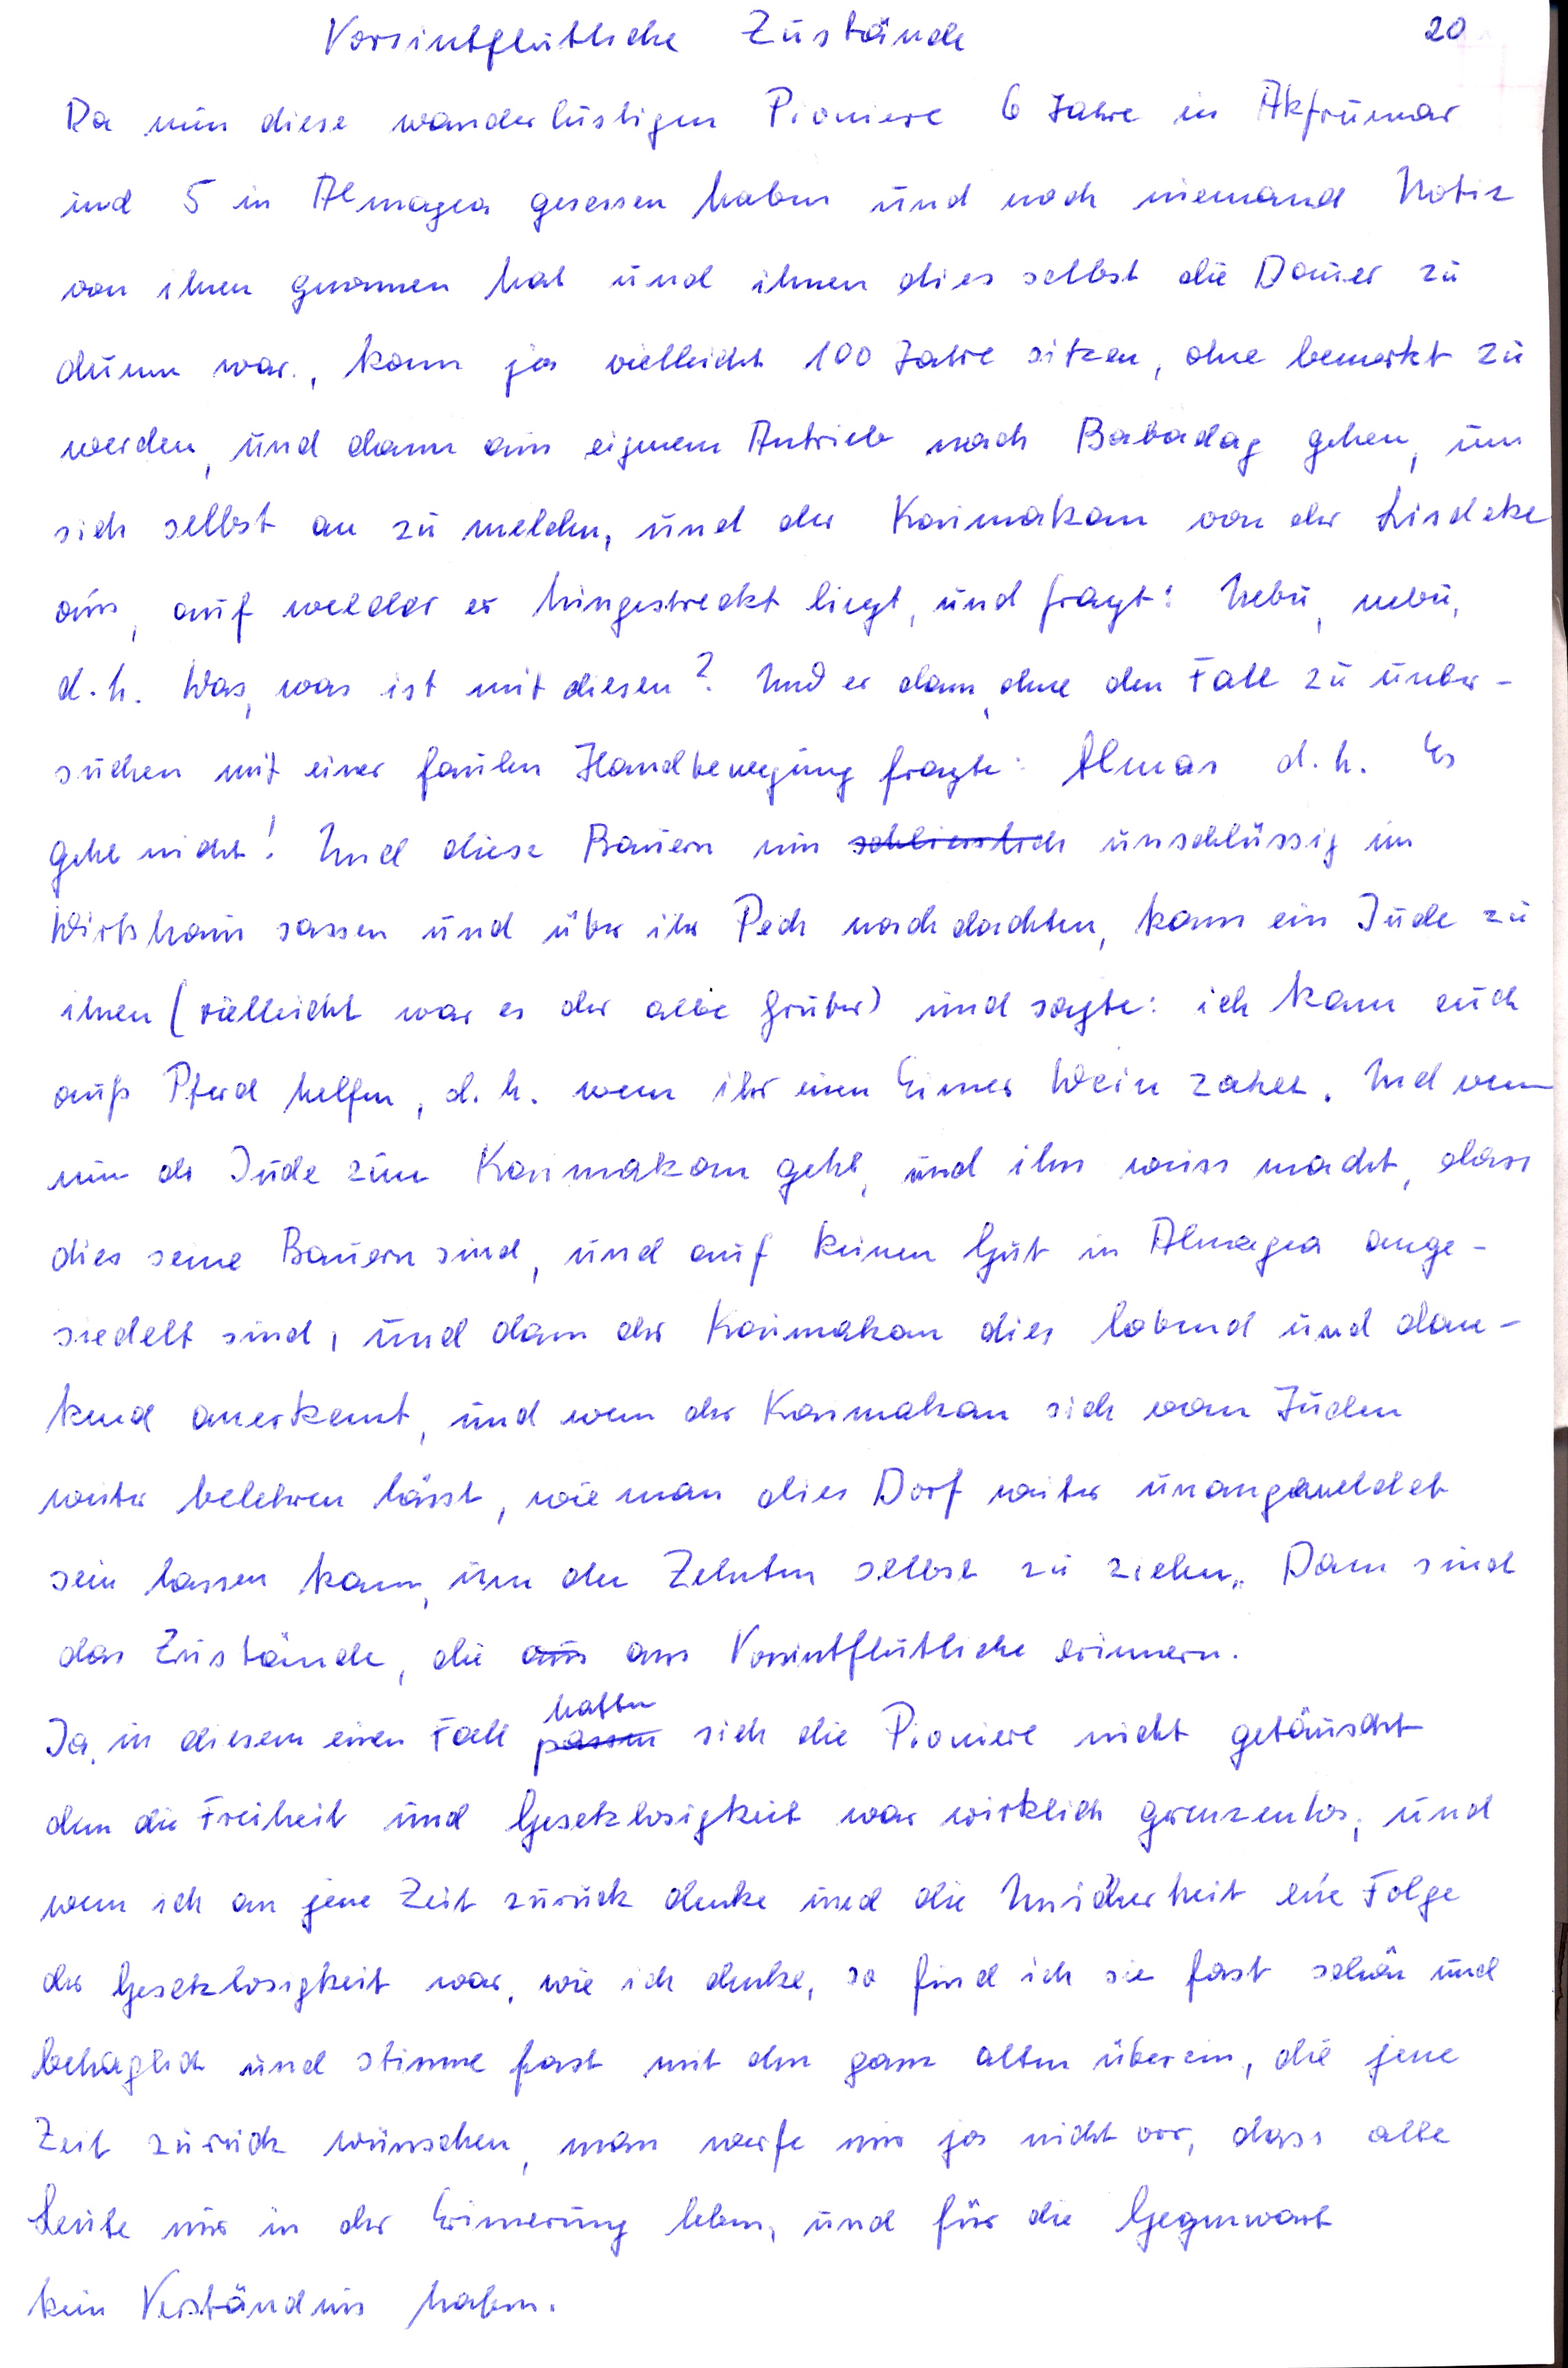
Vorsintflutliche Zustände
Da nun diese wanderlustigen Pioniere 6 Jahre in Akpunar
und 5 in Atmagea gesessen haben und noch niemand Notiz
von ihnen genommen hat und ihnen dies selbst die Dauer zu
dumm war, kann ja vielleicht 100 Jahre sitzen, ohne bemerkt zu
werden, und dann aus eigenem Antrieb nach Babadag gehen um
sich selbst an zu melden, und der Kaimakan von der Lisdeke
aus, auf welcher er hingestreckt liegt, und fragt : Nebu, nebu
d.h. Was, was ist mit diesen? Und dann ohne den Fall zu unter-
suchen mit einer faulen Handbewegung fragte Almas d.h. Es
gehe nicht ! Und diese Bauern nun schliesslich unschlüssig im
Wirtshaus sassen und über ihr Pech nachdachten, kam ein Jude zu
ihnen ( vielleicht war es der alte Gruber) und sagte: ich kann euch
aufs Pferd helfen, d.h. wenn ihr einen Eimer Wein zahlt, Und wenn
nun der Jude zum Kaimakan geht, und ihm weiss macht , dass
dies seine Bauern sind, und auf keinen Gute in Atmagea ange-
siedelt sind, und das der Kaimakan dies lobend und dan-
kend anerkennt, und wenn der Kaimakan sich von Juden
weiter belehren lässt, wie man dies Dorf weiter unangemeldet
sein lassen kann ihm den Zehnten selbst zu ziehn Dann sind
das Zustände, die aus an Vorsintflutliche erinnern.
hatten
Ja in diesem Fall passen sich die Pioniere nicht getäuscht
denn die Freiheit und Gesetzlosigkeit war wirklich grenzenlos und
wenn ich an jene Zeit zurück denke und die Unsicherheit eine Folge
der Gesetzlosigkeit war wie ich denke, so find ich sie fast schön und
behaglich und stimme fast mit den ganz alten überein, die jene
Zeit zurück wünschen, man werfe mir ja nicht vor, dass alle
Leute mir in der Erinnerung leben, und für die Gegenwart
kein Verständnis haben.